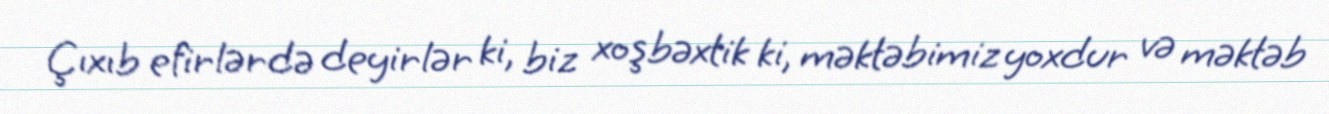
Çıxıb efirlərdə deyirlər ki, biz xoşbəxtik ki, məktəbimiz yoxdur və məktəb